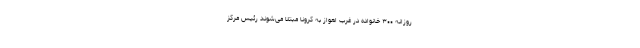
روزانه ۳۰۰ خانواده در غرب اهواز به کرونا مبتلا می‌شوند رئیس مرکز